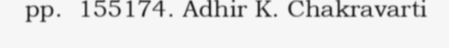
pp.  155174. Adhir K. Chakravarti